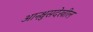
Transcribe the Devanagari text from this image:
आन्श्लुसदेखील